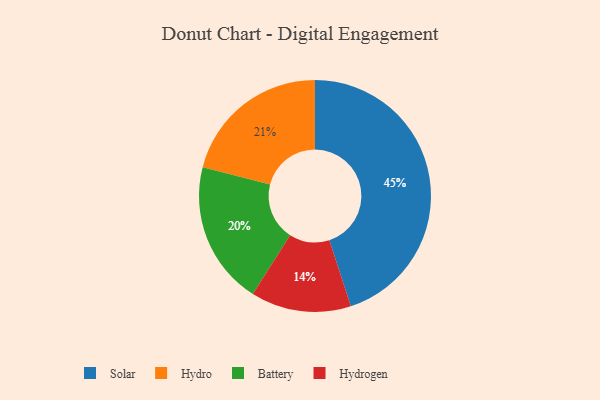
{"axis": {"x": "Category", "y": "Percentage"}, "legend": ["Battery", "Hydro", "Hydrogen", "Solar"], "data": [{"x": "Solar", "y": 45, "type": "Solar"}, {"x": "Hydrogen", "y": 14, "type": "Hydrogen"}, {"x": "Battery", "y": 20, "type": "Battery"}, {"x": "Hydro", "y": 21, "type": "Hydro"}]}